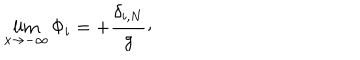
\lim _ { x \rightarrow - \infty } \Phi _ { i } = + { \frac { \delta _ { i , N } } { g } } \raise 2 p t \mathrm { , }